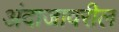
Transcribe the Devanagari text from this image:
अंदाजावरील